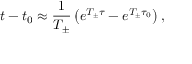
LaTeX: t - t _ { 0 } \approx \frac { 1 } { T _ { \pm } } \left( e ^ { T _ { \pm } \tau } - e ^ { T _ { \pm } \tau _ { 0 } } \right) ,